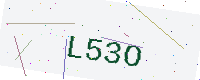
Text: L53O